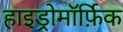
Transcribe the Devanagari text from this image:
हाइड्रोमॉर्फ़िक